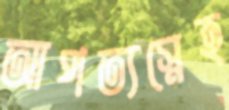
আপত্যস্নেহ